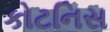
કોટનિસ